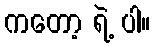
ကတော့ ရဲ့ ပါ။